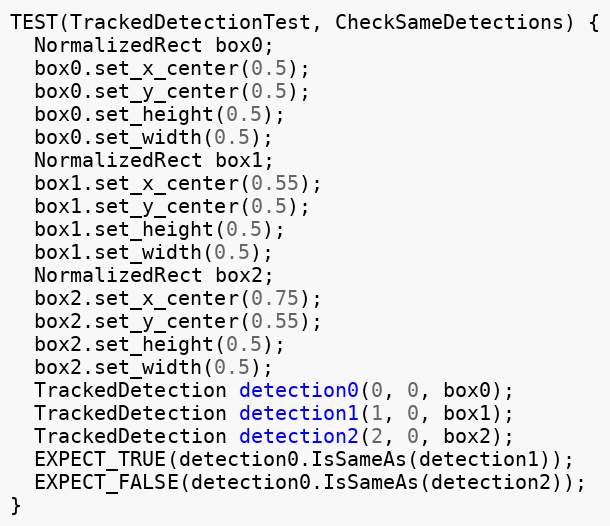
Language: C++
TEST(TrackedDetectionTest, CheckSameDetections) {
  NormalizedRect box0;
  box0.set_x_center(0.5);
  box0.set_y_center(0.5);
  box0.set_height(0.5);
  box0.set_width(0.5);
  NormalizedRect box1;
  box1.set_x_center(0.55);
  box1.set_y_center(0.5);
  box1.set_height(0.5);
  box1.set_width(0.5);
  NormalizedRect box2;
  box2.set_x_center(0.75);
  box2.set_y_center(0.55);
  box2.set_height(0.5);
  box2.set_width(0.5);
  TrackedDetection detection0(0, 0, box0);
  TrackedDetection detection1(1, 0, box1);
  TrackedDetection detection2(2, 0, box2);
  EXPECT_TRUE(detection0.IsSameAs(detection1));
  EXPECT_FALSE(detection0.IsSameAs(detection2));
}